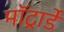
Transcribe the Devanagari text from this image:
मॉट्रार्डे